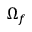
\Omega _ { f }